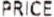
PRICE